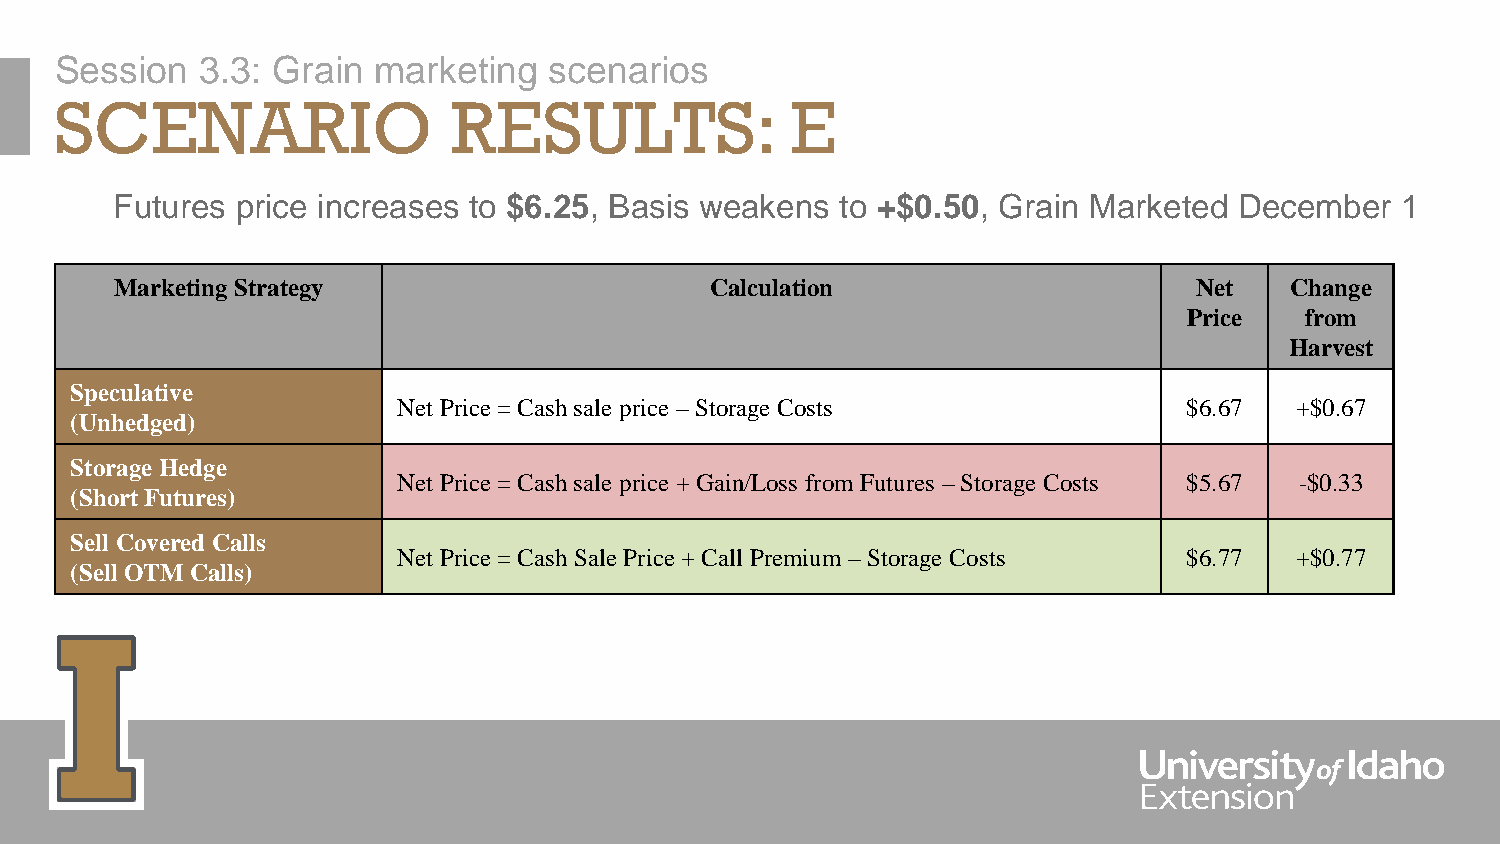
Session  3.3: Grain  marketing  scenarios
 SCENARIO                  RESULTS:              E
 Futures  price increases to $6.25, Basis weakens to +$0.50, Grain Marketed December   1
 Marketing Strategy                     Calculation                     Net   Change
 Price  from
 Harvest
 Speculative
 Net Price = Cash sale price –Storage Costs           $6.67  +$0.67
 (Unhedged)
 Storage Hedge
 Net Price = Cash sale price + Gain/Loss from Futures –Storage Costs $5.67 -$0.33
 (Short Futures)
 Sell Covered Calls
 Net Price = Cash Sale Price + Call Premium –Storage Costs $6.77 +$0.77
 (Sell OTM Calls)